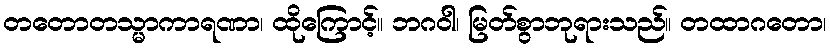
တတောတသ္မာကာရဏာ၊ ထိုကြောင့်။ ဘဂဝါ၊ မြတ်စွာဘုရားသည်။ တထာဂတော၊